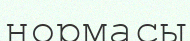
нормасы